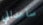
ساعداني